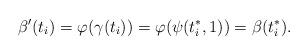
LaTeX: \begin{align*}\beta'(t_i)=\varphi(\gamma(t_i))=\varphi(\psi(t_i^*,1))=\beta(t_i^*).\end{align*}